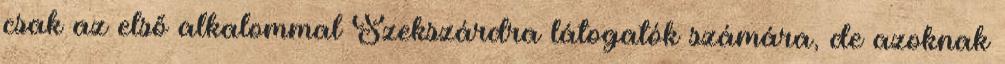
csak az első alkalommal Szekszárdra látogatók számára, de azoknak